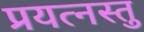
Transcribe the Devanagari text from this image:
प्रयत्नस्तु